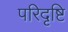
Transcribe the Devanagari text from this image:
परिदृष्टि